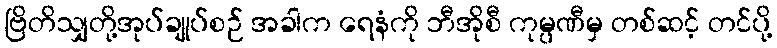
ဗြိတိသျှတို့အုပ်ချုပ်စဉ် အခါက ရေနံကို ဘီအိုစီ ကုမ္ပဏီမှ တစ်ဆင့် တင်ပို့